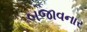
બજાવનાર